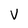
Character: V